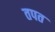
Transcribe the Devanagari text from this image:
तपत